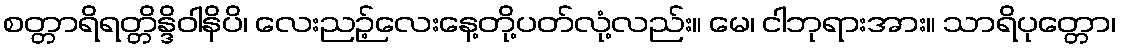
စတ္တာရိရတ္တိန္ဒိဝါနိပိ၊ လေးညဉ့်လေးနေ့တို့ပတ်လုံ့လည်း။ မေ၊ ငါဘုရားအား။ သာရိပုတ္တော၊